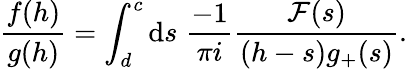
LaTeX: \frac{f(h)}{g(h)}=\int_{d}^{c}\mathrm{d}s\; \frac{-1}{\pi i}\frac{{\cal F}(s)}{(h-s)g_{+}(s)}.